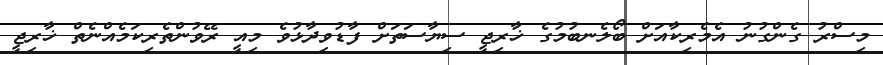
މިސްރު ގެންގުނު އެމެރިކާއަށް ބޯލެނބުމުގެ ޚާރިޖީ ސިޔާސަތަށް ފާޑުވިދާޅުވެ މިއީ ރޭވުންތެރިކަމެއްނެތް ޚާރިޖީ